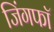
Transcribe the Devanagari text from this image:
जिंगफाॅ